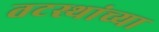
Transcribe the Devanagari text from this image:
तटस्थांच्या